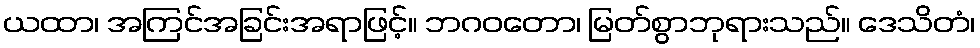
ယထာ၊ အကြင်အခြင်းအရာဖြင့်။ ဘဂဝတော၊ မြတ်စွာဘုရားသည်။ ဒေသိတံ၊